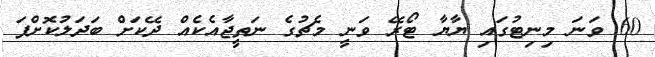
60 ވަނަ މިނިޓުގައި ޔާޔާ ޓޯރޭ ވަނީ މެޗުގެ ނަތީޖާއެކެއް ދޭކަށް ބަދަލުކޮށްފަ